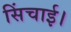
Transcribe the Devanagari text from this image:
सिंचाई।